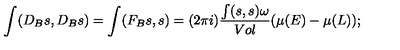
\int ( D _ { B } s , D _ { B } s ) = \int ( F _ { B } s , s ) = ( 2 \pi i ) \frac { \int ( s , s ) \omega } { V o l } ( \mu ( E ) - \mu ( L ) ) ;